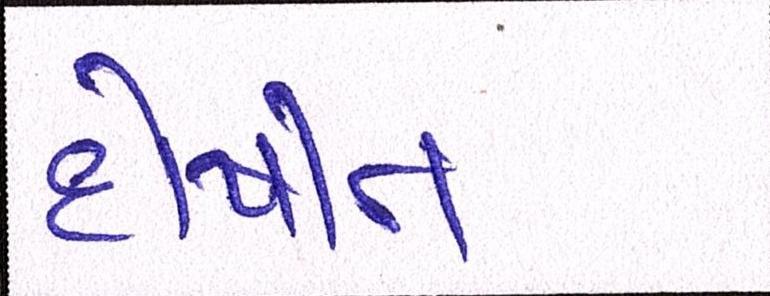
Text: દોષીત